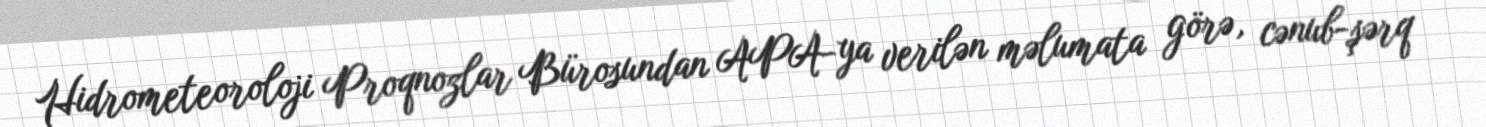
Hidrometeoroloji Proqnozlar Bürosundan APA-ya verilən məlumata görə, cənub-şərq